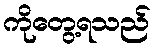
ကိုတွေ့ရသည်